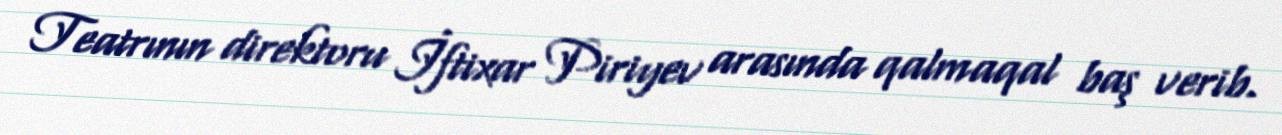
Teatrının direktoru İftixar Piriyev arasında qalmaqal baş verib.